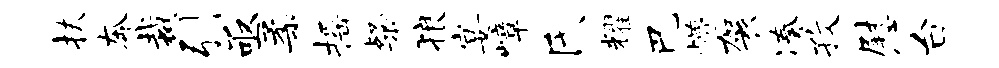
扶奔裁引亟柔摇粲狼宴嶂氏耀巴懵袈凑孜慰台